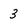
Character: 3